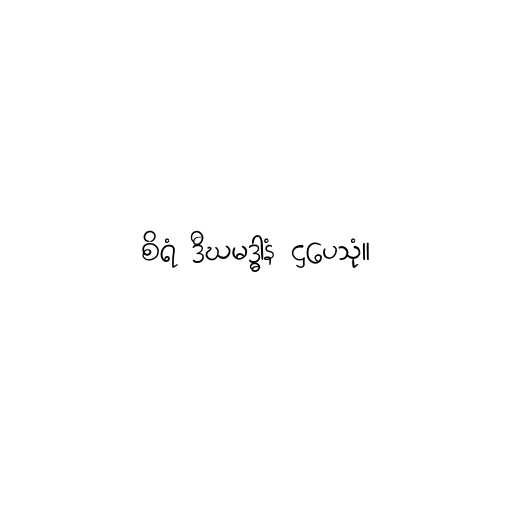
စိရံ ဒီဃမဒ္ဓါနံ ဌပေသုံ။